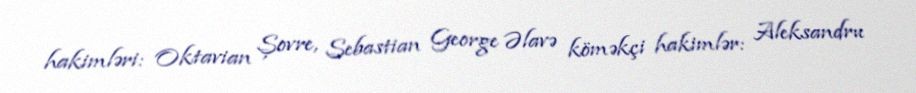
hakimləri: Oktavian Șovre, Sebastian George Əlavə köməkçi hakimlər: Aleksandru